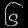
Digit: ၆